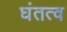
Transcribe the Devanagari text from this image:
घंतत्व